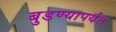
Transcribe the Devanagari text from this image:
बुडण्यापर्यंत